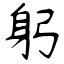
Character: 躬